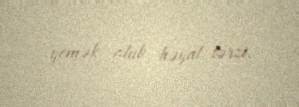
yemək olub həyat tərzi.